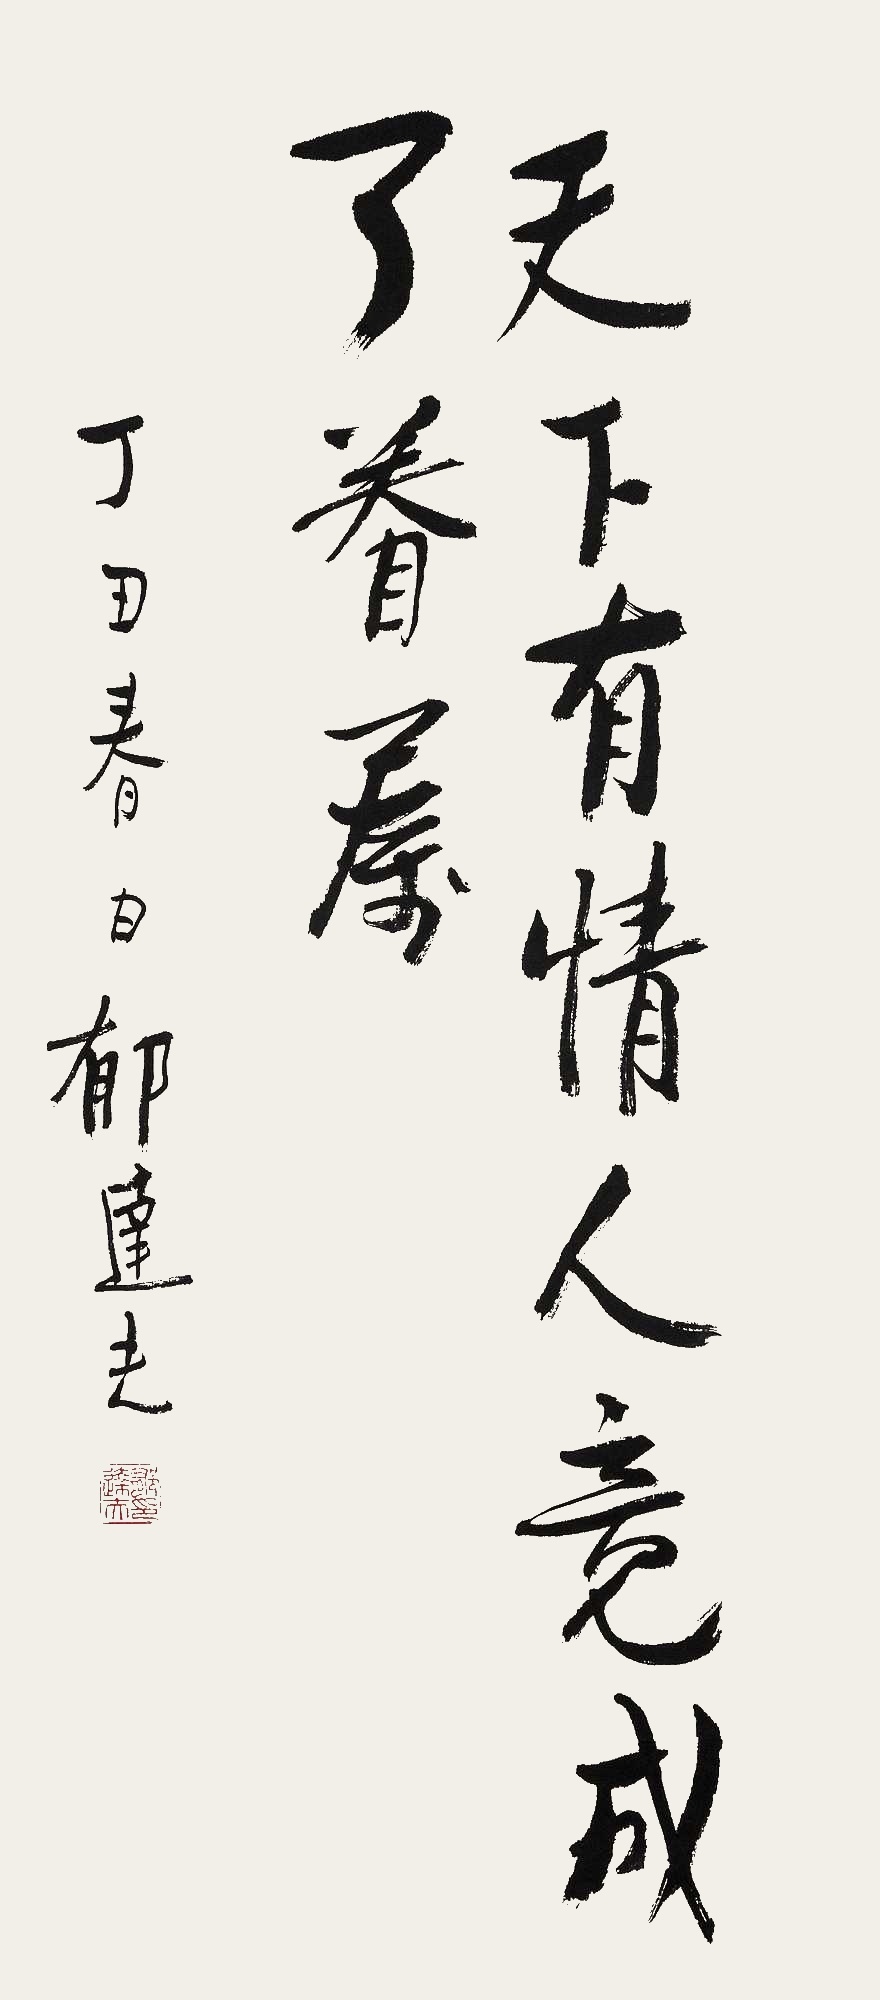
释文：天下有情人竟成了眷属。丁丑春日郁达夫。